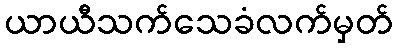
ယာယီသက်သေခံလက်မှတ်